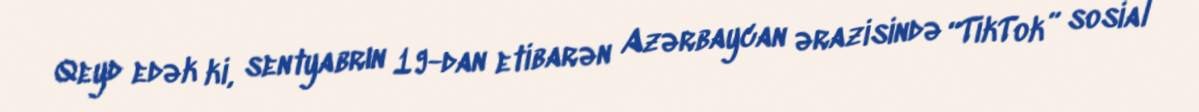
Qeyd edək ki, sentyabrın 19-dan etibarən Azərbaycan ərazisində “TikTok” sosial